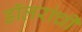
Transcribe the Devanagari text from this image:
डॉलरांची